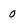
Character: 0